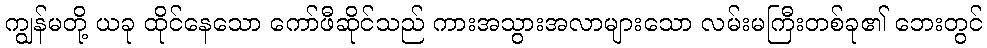
ကျွန်မတို့ ယခု ထိုင်နေသော ကော်ဖီဆိုင်သည် ကားအသွားအလာများသော လမ်းမကြီးတစ်ခု၏ ဘေးတွင်